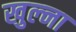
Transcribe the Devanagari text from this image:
खुल्ना